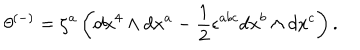
LaTeX: \theta ^ { ( - ) } = \zeta ^ { a } \left( d x ^ { 4 } \wedge d x ^ { a } - \frac { 1 } { 2 } \epsilon ^ { a b c } d x ^ { b } \wedge d x ^ { c } \right) .